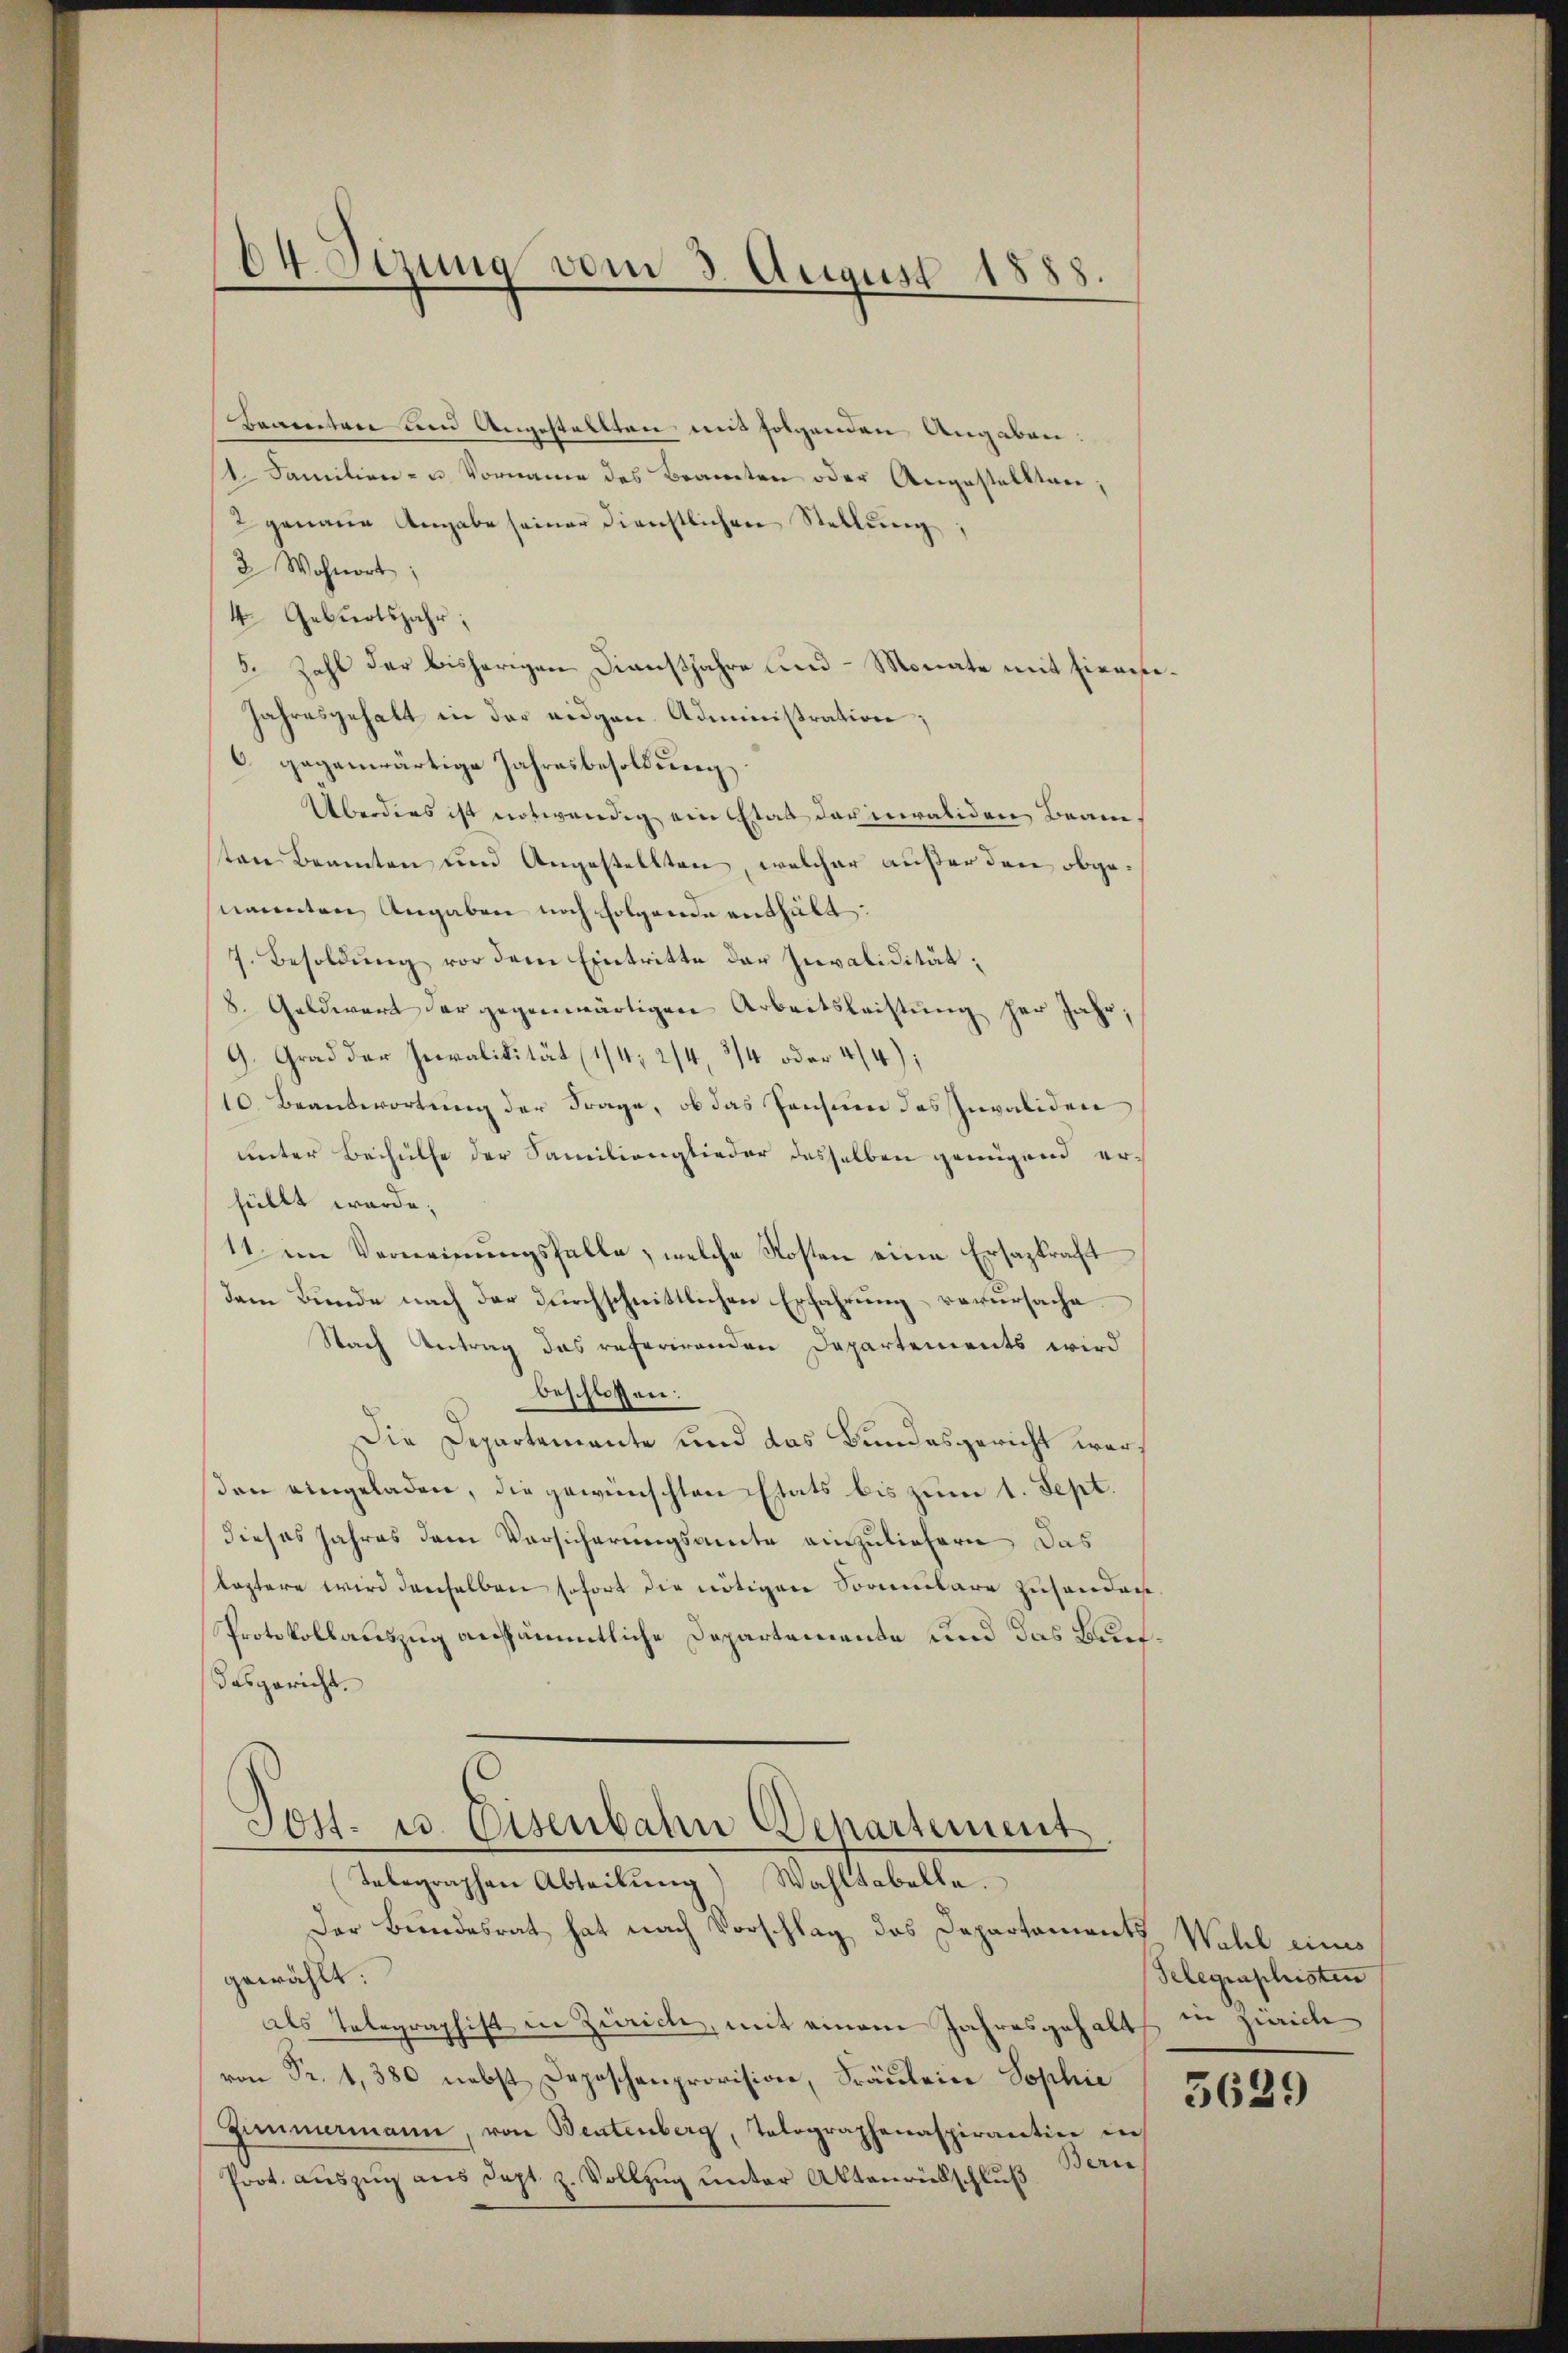
Baaretare und Angestellten mit folgenden Angaben.
/4. Familien- u. Vorname des Beamten oder Angestellten,
2 genaue Angabe seiner dienstlichen Stellŭng,
2 Wohnort;
4. Geburtsjahr,
5. Zahl der bisherigen Dienstjahre und - Monate mit sieges
Jahresgehalt in der eidgen. Administration;
6 gegenwärtige Jahresbesoldung.
Überdies ist notwendig ein Etat darinvaliden Beam
sten Beamten und Angestellten, welcher außer den obgenannten Angaben noch folgende enthält:
7. Besoldung vor dem Eintritte der Invalidität¬
8. Geldwert der gegenwärtigen Arbeitsleistung her Jahr.
9. Grad der Invalidität (1/4; 2/4, 3/4 oder 4/4);
10. Beantwortung der Frage, ob das Pensum des Invaliden
unter Beihülfe der Familienglieder desselben genügend erfüllt werde;
11 im Verneinungsfalle, welche Kosten eine Ersaztracht
dem Bunde nach der durchschnittlichen Erfahrung verursache
Nach Antrag das referirenden Departements wird
beschlossen:
Die Departemente und das Bundesgericht werden eingeladen, die gewünschten Etats bis zum 1. Sept.
dieses Jahres dem Vorsicherungsamte einzuliefern, das
leztere wird denselben sofort die nötigen Somitare zusonder
Protokollauszug ansämmtliche Departemente und das Baue
dasgericht.
Post- u. Eisenbahn Departement
Telegraphen Abteilŭng) Wahltabelle.
Der Bundesrat hat nach Vorschlag des Departaments Wohl eines
gewählt:
als Telegraphist in Zürich, mit einem Jahresgehalt
von Fr. 1, 380 nebst Depeschenprovision, Fräulein Sophie
Zimmermann, von Bentenberg, Tolographenaspirantin in
Bern
Prot. auszug aus Sept. z. Vollzug unter Aktenrückschluß

64. Sezung vom 3. August 1888.

Gelegenschristen
in Zürich
5629

e